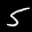
Label: 5